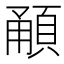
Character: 𩒼